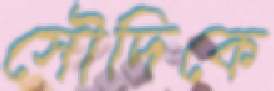
সৌদিকে